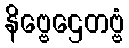
နိဗ္ဗေဌေတဗ္ဗံ